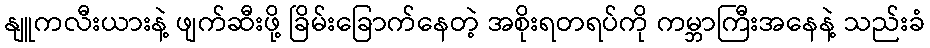
နျူကလီးယားနဲ့ ဖျက်ဆီးဖို့ ခြိမ်းခြောက်နေတဲ့ အစိုးရတရပ်ကို ကမ္ဘာကြီးအနေနဲ့ သည်းခံ